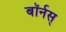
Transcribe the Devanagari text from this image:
बॉर्नस्